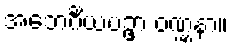
အဘေင်္ဂိယပဥှာ ဝဏ္ဏနာ။